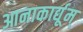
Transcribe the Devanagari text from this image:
आनाकार्द्यूम्